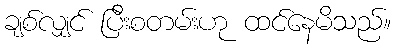
ချစ်လျှင် ပြီးစတမ်းဟု ထင်နေမိသည်။